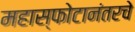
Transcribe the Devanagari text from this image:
महास्फोटानंतरचे